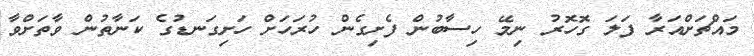
މައްޗަށްއަރާ ފަލަ ގޮހޮރު ނިމޭ ހިސާބުން ފެށިގެން ހުރަހަށް ހަށިގަނޑުގެ ކަނާތުން ވާތަށްވާ